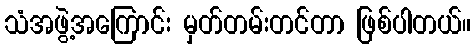
သံအဖွဲ့အကြောင်း မှတ်တမ်းတင်တာ ဖြစ်ပါတယ်။